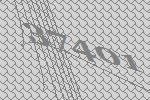
37401